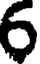
6